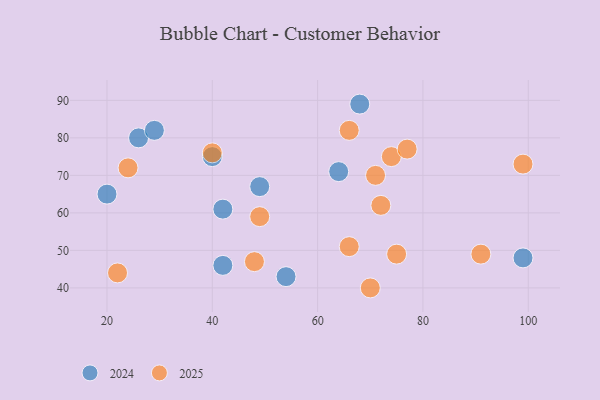
{"axis": {"x": "GDP", "y": "Life Expectancy"}, "legend": ["2024", "2025"], "data": [{"x": "75", "y": 49, "type": "2025"}, {"x": "49", "y": 59, "type": "2025"}, {"x": "66", "y": 82, "type": "2025"}, {"x": "74", "y": 75, "type": "2025"}, {"x": "48", "y": 47, "type": "2025"}, {"x": "70", "y": 40, "type": "2025"}, {"x": "72", "y": 62, "type": "2025"}, {"x": "99", "y": 73, "type": "2025"}, {"x": "40", "y": 76, "type": "2025"}, {"x": "91", "y": 49, "type": "2025"}, {"x": "77", "y": 77, "type": "2025"}, {"x": "22", "y": 44, "type": "2025"}, {"x": "24", "y": 72, "type": "2025"}, {"x": "66", "y": 51, "type": "2025"}, {"x": "71", "y": 70, "type": "2025"}, {"x": "26", "y": 80, "type": "2024"}, {"x": "20", "y": 65, "type": "2024"}, {"x": "54", "y": 43, "type": "2024"}, {"x": "42", "y": 61, "type": "2024"}, {"x": "64", "y": 71, "type": "2024"}, {"x": "29", "y": 82, "type": "2024"}, {"x": "99", "y": 48, "type": "2024"}, {"x": "49", "y": 67, "type": "2024"}, {"x": "40", "y": 75, "type": "2024"}, {"x": "68", "y": 89, "type": "2024"}, {"x": "42", "y": 46, "type": "2024"}]}